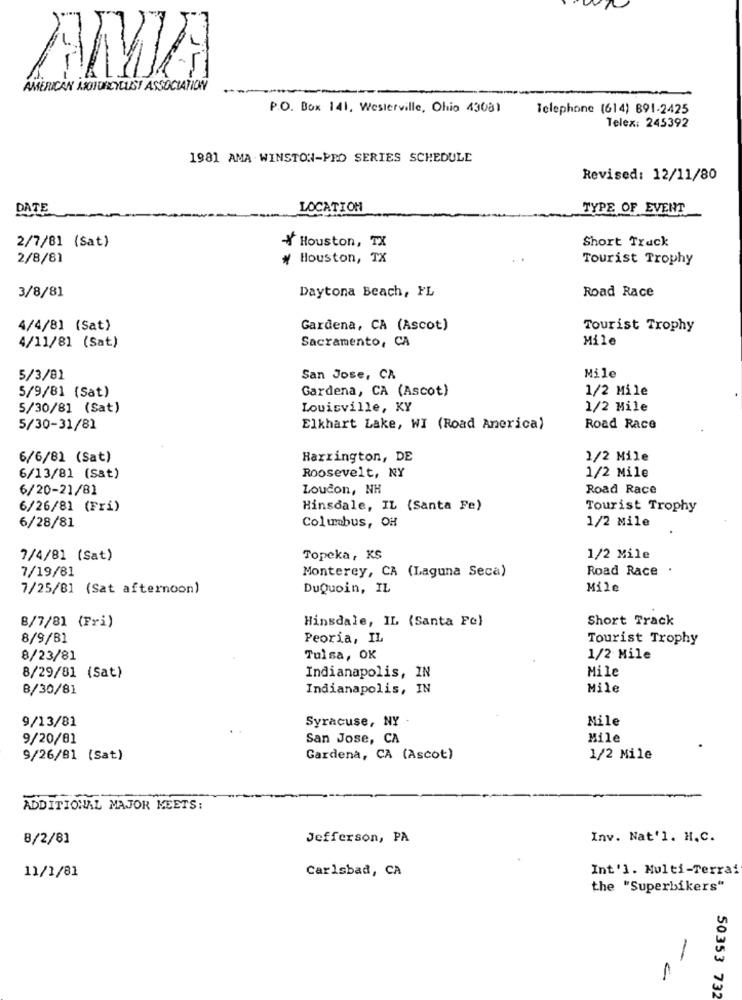
AMMA
AMERICAN MOTORCYCLIST ASSOCIATIONNY
P.O. Box 141, Westerville, Ohio 43081
Telephone (614) 891-2425
Telex: 245392
1981 AMA - WINSTON-PRO SERIES SCHEDULE
Revised: 12/11/80
DATE
LOCATION
TYPE OF EVENT
Short Track
2/7/81 (Sat)
Houston, TX
2/8/81
# Houston, TX
Tourist Trophy
3/8/81
Daytona Beach, FL
Road Race
4/4/81 (Sat)
Gardena, CA (Ascot)
Tourist Trophy
Mile
4/11/81 (Sat)
Sacramento, CA
5/3/81
San Jose, CA
Mile
5/9/81 (Sat)
Gardena, CA (Ascot)
1/2 Mile
5/30/81 (Sat)
Louisville, KY
1/2 Mile
5/30-31/81
Elkhart Lake, WI (Road Anerica)
Road Race
6/6/81 (Sat)
Harrington, DE
1/2 Mile
6/13/81 (Sat)
Roosevelt, NY
1/2 Mile
6/20-21/81
Loucon, NH
Road Race
6/26/81 (Fri)
Hinsdale, IL (Santa Fe)
Tourist Trophy
6/28/81
Columbus, OH
1/2 Mile
7/4/81 (Sat)
Topeka, KS
1/2 Mile
Monterey, CA (Laguna Seca)
Road Race
7/19/81
7/25/81 (Sat afternoon)
DuQuoin, IL
Mile
8/7/81 (Fri)
Hinsdale, IL (Santa Fe)
Short Track
8/9/B1
Peoria, IL
Tourist Trophy
8/23/81
Tulsa, OK
1/2 Mile
Mile
8/29/81 (Sat)
Indianapolis, IN
B/30/81
Indianapolis, IN
Mile
9/13/81
Syracuse, NY
Mile
9/20/01
San Jose, CA
Mile
9/26/81 (Sat)
Gardena, CA (Ascot)
1/2 Mile
ADDITIONAL MAJOR MEETS:
8/2/81
Jefferson, PA
Inv. Nat'l. H.C.
11/1/81
Carlsbad, CA
Int'l. Multi-Terrai
the "Superbikers"
-
1
50353 732